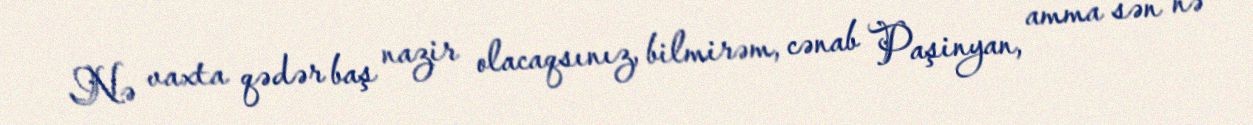
Nə vaxta qədər baş nazir olacaqsınız, bilmirəm, cənab Paşinyan, amma sən nə